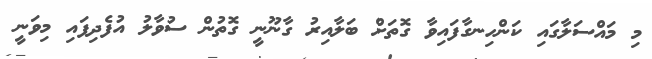
މި މައްސަލާގައި ކަންހިނގާފައިވާ ގޮތަށް ބަލާއިރު ގާނޫނީ ގޮތުން ސުވާލު އުފެދިފައި މިވަނީ